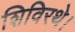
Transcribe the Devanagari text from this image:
शिविरथे।